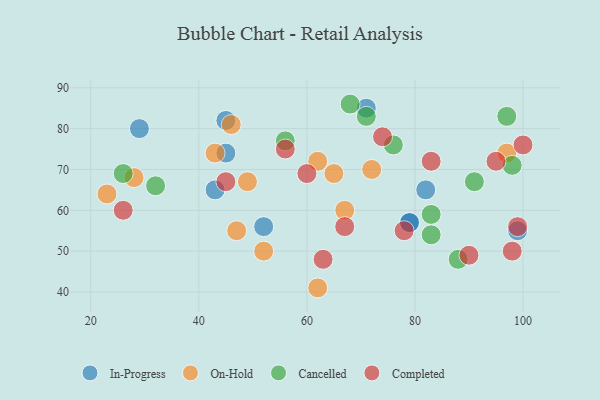
{"axis": {"x": "GDP", "y": "Life Expectancy"}, "legend": ["Cancelled", "Completed", "In-Progress", "On-Hold"], "data": [{"x": "29", "y": 80, "type": "In-Progress"}, {"x": "71", "y": 85, "type": "In-Progress"}, {"x": "79", "y": 57, "type": "In-Progress"}, {"x": "99", "y": 55, "type": "In-Progress"}, {"x": "79", "y": 57, "type": "In-Progress"}, {"x": "45", "y": 82, "type": "In-Progress"}, {"x": "45", "y": 74, "type": "In-Progress"}, {"x": "82", "y": 65, "type": "In-Progress"}, {"x": "52", "y": 56, "type": "In-Progress"}, {"x": "43", "y": 65, "type": "In-Progress"}, {"x": "65", "y": 69, "type": "On-Hold"}, {"x": "43", "y": 74, "type": "On-Hold"}, {"x": "62", "y": 41, "type": "On-Hold"}, {"x": "62", "y": 72, "type": "On-Hold"}, {"x": "28", "y": 68, "type": "On-Hold"}, {"x": "47", "y": 55, "type": "On-Hold"}, {"x": "67", "y": 60, "type": "On-Hold"}, {"x": "46", "y": 81, "type": "On-Hold"}, {"x": "97", "y": 74, "type": "On-Hold"}, {"x": "49", "y": 67, "type": "On-Hold"}, {"x": "52", "y": 50, "type": "On-Hold"}, {"x": "72", "y": 70, "type": "On-Hold"}, {"x": "23", "y": 64, "type": "On-Hold"}, {"x": "88", "y": 48, "type": "Cancelled"}, {"x": "26", "y": 69, "type": "Cancelled"}, {"x": "97", "y": 83, "type": "Cancelled"}, {"x": "76", "y": 76, "type": "Cancelled"}, {"x": "32", "y": 66, "type": "Cancelled"}, {"x": "71", "y": 83, "type": "Cancelled"}, {"x": "56", "y": 77, "type": "Cancelled"}, {"x": "83", "y": 59, "type": "Cancelled"}, {"x": "83", "y": 54, "type": "Cancelled"}, {"x": "91", "y": 67, "type": "Cancelled"}, {"x": "68", "y": 86, "type": "Cancelled"}, {"x": "98", "y": 71, "type": "Cancelled"}, {"x": "100", "y": 76, "type": "Completed"}, {"x": "74", "y": 78, "type": "Completed"}, {"x": "26", "y": 60, "type": "Completed"}, {"x": "63", "y": 48, "type": "Completed"}, {"x": "98", "y": 50, "type": "Completed"}, {"x": "56", "y": 75, "type": "Completed"}, {"x": "78", "y": 55, "type": "Completed"}, {"x": "60", "y": 69, "type": "Completed"}, {"x": "90", "y": 49, "type": "Completed"}, {"x": "45", "y": 67, "type": "Completed"}, {"x": "83", "y": 72, "type": "Completed"}, {"x": "67", "y": 56, "type": "Completed"}, {"x": "95", "y": 72, "type": "Completed"}, {"x": "99", "y": 56, "type": "Completed"}]}